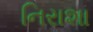
નિરાશા